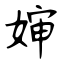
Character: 婶